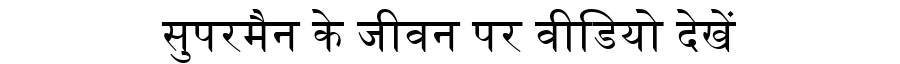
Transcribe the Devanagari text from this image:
सुपरमैन के जीवन पर वीडियो देखें